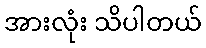
အားလုံး သိပါတယ်